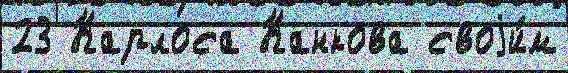
23 Карлоса Канкова своjи́м